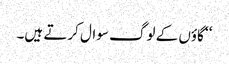
‘‘ گاؤں کے لوگ سوال کرتے ہیں۔